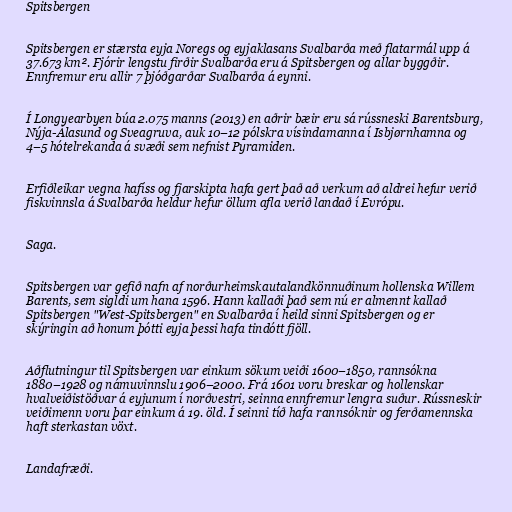
Spitsbergen

Spitsbergen er stærsta eyja Noregs og eyjaklasans Svalbarða með flatarmál upp á
37.673 km². Fjórir lengstu firðir Svalbarða eru á Spitsbergen og allar byggðir.
Ennfremur eru allir 7 þjóðgarðar Svalbarða á eynni.

Í Longyearbyen búa 2.075 manns (2013) en aðrir bæir eru sá rússneski Barentsburg,
Nýja-Álasund og Sveagruva, auk 10–12 pólskra vísindamanna í Isbjørnhamna og
4–5 hótelrekanda á svæði sem nefnist Pyramiden.

Erfiðleikar vegna hafíss og fjarskipta hafa gert það að verkum að aldrei hefur verið
fiskvinnsla á Svalbarða heldur hefur öllum afla verið landað í Evrópu.

Saga.

Spitsbergen var gefið nafn af norðurheimskautalandkönnuðinum hollenska Willem
Barents, sem sigldi um hana 1596. Hann kallaði það sem nú er almennt kallað
Spitsbergen "West-Spitsbergen" en Svalbarða í heild sinni Spitsbergen og er
skýringin að honum þótti eyja þessi hafa tindótt fjöll.

Aðflutningur til Spitsbergen var einkum sökum veiði 1600–1850, rannsókna
1880–1928 og námuvinnslu 1906–2000. Frá 1601 voru breskar og hollenskar
hvalveiðistöðvar á eyjunum í norðvestri, seinna ennfremur lengra suður. Rússneskir
veiðimenn voru þar einkum á 19. öld. Í seinni tíð hafa rannsóknir og ferðamennska
haft sterkastan vöxt.

Landafræði.